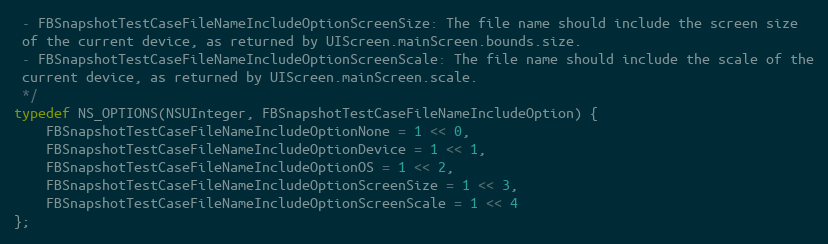
Language: C
 - FBSnapshotTestCaseFileNameIncludeOptionScreenSize: The file name should include the screen size
 of the current device, as returned by UIScreen.mainScreen.bounds.size.
 - FBSnapshotTestCaseFileNameIncludeOptionScreenScale: The file name should include the scale of the
 current device, as returned by UIScreen.mainScreen.scale.
 */
typedef NS_OPTIONS(NSUInteger, FBSnapshotTestCaseFileNameIncludeOption) {
    FBSnapshotTestCaseFileNameIncludeOptionNone = 1 << 0,
    FBSnapshotTestCaseFileNameIncludeOptionDevice = 1 << 1,
    FBSnapshotTestCaseFileNameIncludeOptionOS = 1 << 2,
    FBSnapshotTestCaseFileNameIncludeOptionScreenSize = 1 << 3,
    FBSnapshotTestCaseFileNameIncludeOptionScreenScale = 1 << 4
};